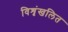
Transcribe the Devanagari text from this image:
विशृंखलित